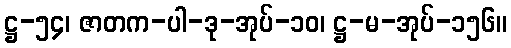
ဋ္ဌ-၅၄၊ ဇာတက-ပါ-ဒု-အုပ်-၁၀၊ ဋ္ဌ-မ-အုပ်-၁၅၆။